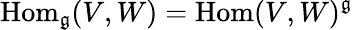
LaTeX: \operatorname{Hom}_{\mathfrak{g}}(V,W)=\operatorname{Hom}(V,W)^{\mathfrak{g}}